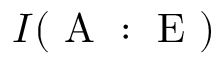
I ( \mathrm { ~ A ~ : ~ E ~ } )